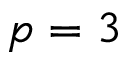
p = 3